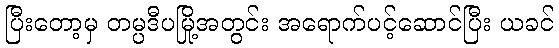
ပြီးတော့မှ တမ္ပဒီပမြို့အတွင်း အရောက်ပင့်ဆောင်ပြီး ယခင်